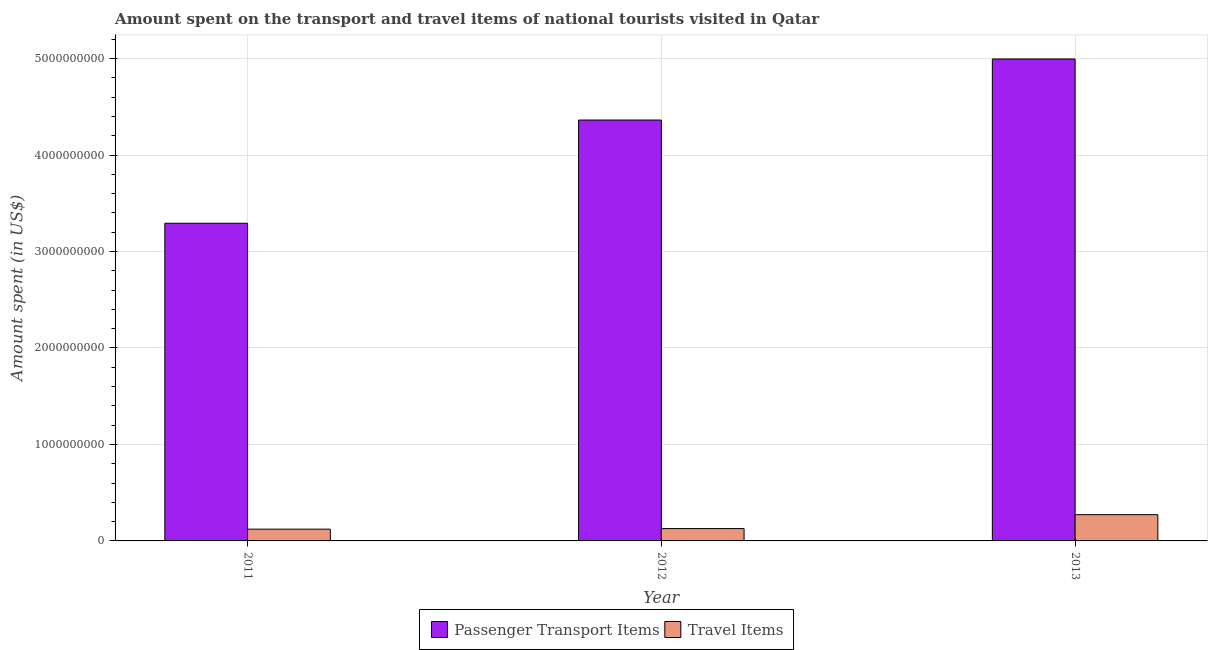
| Year | Passenger Transport Items | Travel Items |
 | --- | --- | --- |
 | 2011 | 3.29e+09 | 1.22e+08 |
 | 2012 | 4.36e+09 | 1.28e+08 |
 | 2013 | 5e+09 | 2.72e+08 |